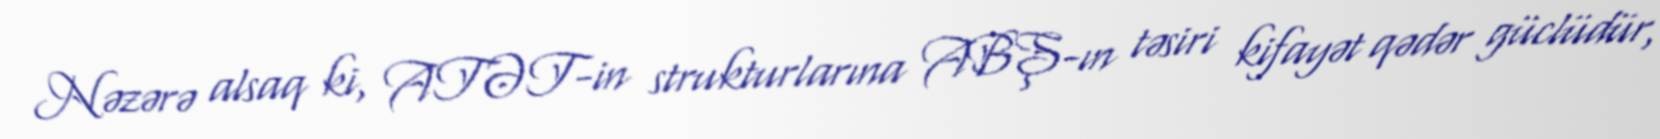
Nəzərə alsaq ki, ATƏT-in strukturlarına ABŞ-ın təsiri kifayət qədər güclüdür,